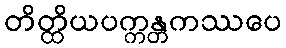
တိတ္ထိယပက္ကန္တကဿပေ